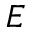
E